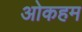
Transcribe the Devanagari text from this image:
ओकहम